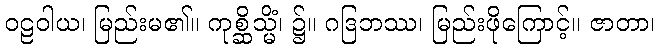
ဝဠဝါယ၊ မြည်းမ၏။ ကုစ္ဆိသ္မိံ၊ ၌။ ဂဒြဘဿ၊ မြည်းဖိုကြောင့်။ ဇာတာ၊